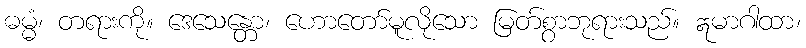
ဓမ္မံ၊ တရားကို။ ဒေသေန္တော၊ ဟောတော်မူလိုသော မြတ်စွာဘုရားသည်။ ဣမာဂါထာ၊